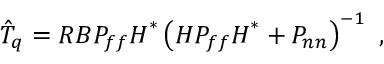
\boldsymbol { \hat { T } _ { q } } = \boldsymbol { R } \boldsymbol { B } \boldsymbol { P _ { f f } } { \boldsymbol { H } } ^ { * } \left( \boldsymbol { H } \boldsymbol { P _ { f f } } { \boldsymbol { H } } ^ { * } + \boldsymbol { P _ { n n } } \right) ^ { - 1 } \mathrm { ~ , ~ }